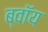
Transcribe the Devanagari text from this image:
ब्‍वॉय